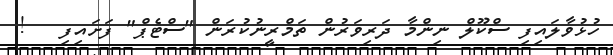
ހުޅުވާލައިފި ސްކޫލް ނިންމާ ދަރިވަރުން ތަމްރީނުކުރަން "ސްޓެޕް" ފަށައިފި   !